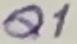
Text: Q1